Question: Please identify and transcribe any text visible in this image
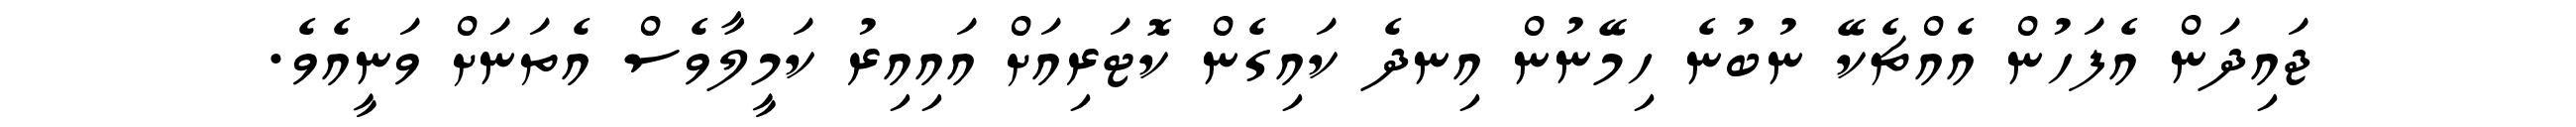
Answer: ޖައިދަން އެފަހުން އެއްޗެކޭ ނުބުނެ ހިމޭނުން އިނދެ ކައިގެން ކޮޓަރިއަށް އައިއިރު ކަމީލާވެސް އެތަނަށް ވަނީއެވެ.